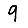
Digit: 9